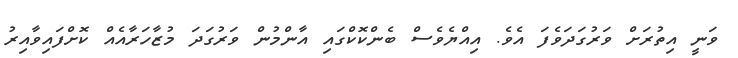
ވަނީ އިތުރަށް ވަރުގަދަވެފަ އެވެ. އިއްޔެވެސް ބެންކޮކްގައި އާންމުން ވަރުގަދަ މުޒާހަރާއެއް ކޮށްފައިވާއިރު